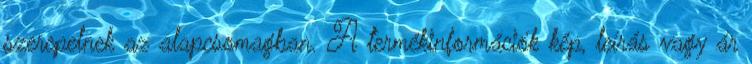
szerepelnek az alapcsomagban. A termékinformációk kép, leírás vagy ár